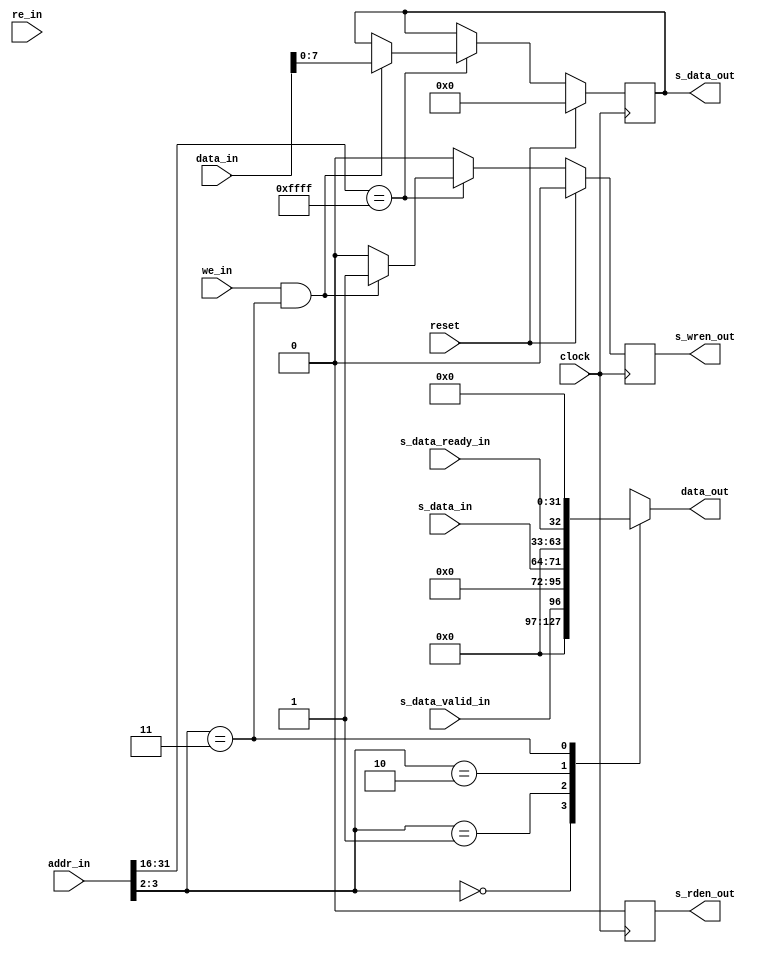
/*
**  COE181.1 Lab4/5 Provided Module
** -------------------------------------------------------------------
**  Serial Module for Single-Cycle MIPS Processor for Altera FPGAs
**  Implements a very simple memory mapped serial port interface
**  *Does Not* actually implement the serial communication
**
**
**
**  NOTE:  The Provided Modules do NOT follow the course coding standards
*/

module serial_buffer	(
	input	clock,
	input	reset,
		
	input [31:0] addr_in,
	output reg [31:0] data_out,
	input	re_in,
	input [31:0] data_in,
	input we_in,
		
	input	s_data_valid_in, //data to be read is available
	input [7:0] s_data_in,
	input	s_data_ready_in, //ready to recieve write data
	output s_rden_out,
	output [7:0] s_data_out,
	output s_wren_out
	);
	parameter MEM_ADDR = 16'hffff;
		
	//read values (async)
	always @(*) begin
		case(addr_in[3:2])
			2'h0:
				data_out = {31'b0, s_data_valid_in};
			2'h1:
				data_out = {24'b0, s_data_in};
			2'h2:
				data_out = {31'b0, s_data_ready_in};
			2'h3:
				data_out = {32'b0};
		endcase
	end
	
	
	
	reg	read_en;
	reg	write_en;
	reg [7:0] sbyte;
	
	assign s_rden_out = read_en;
	assign s_wren_out = write_en;
	assign s_data_out = sbyte;
	
	always @(posedge clock) begin
		if (reset) begin
			read_en <= 1'b0;
			write_en <= 1'b0;
			sbyte <= 8'b0;
		end else begin
			read_en <= 1'b0;
			write_en <= 1'b0;
			
			if (addr_in[31:16] == MEM_ADDR) begin
				if (re_in && (addr_in[3:2] == 2'h1)) begin //read data byte
					read_en <= 1'b0;
				end
				
				if (we_in && (addr_in[3:2] == 2'h3)) begin //byte write
					sbyte <= data_in[7:0];
					write_en <= 1'b1;
				end
			end
		end
	end
	
endmodule